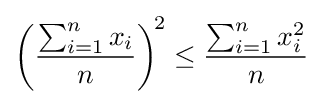
\left({\frac {\sum _{i=1}^{n}x_{i}}{n}}\right)^{\!2}\leq {\frac {\sum _{i=1}^{n}x_{i}^{2}}{n}}